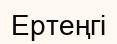
Ертеңгі